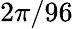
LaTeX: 2\pi/96